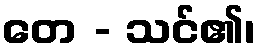
တေ - သင်၏၊